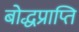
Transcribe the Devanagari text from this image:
बोद्धप्राप्ति